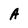
Character: A